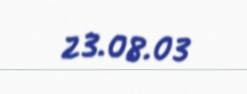
23.08.03